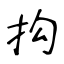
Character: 抅